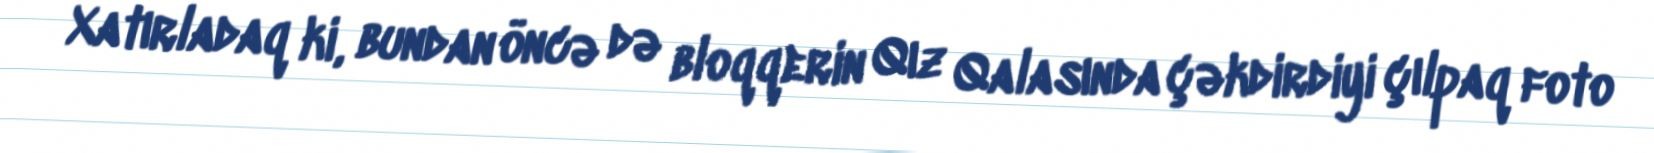
Xatırladaq ki, bundan öncə də bloqqerin Qız Qalasında çəkdirdiyi çılpaq foto